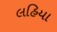
લહિયા